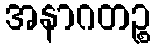
အနာဂတဉ္စ